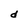
Character: d